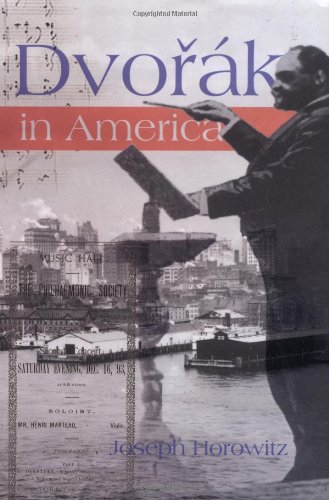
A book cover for Dvorak in America: In Search of the New World; Joseph Horowitz; Teen & Young Adult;